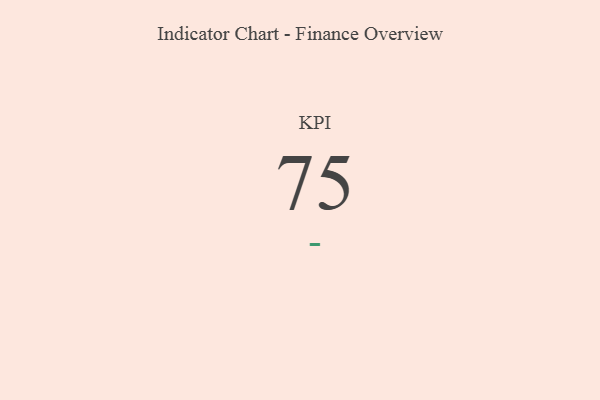
{"axis": {"x": "KPI", "y": "Value"}, "legend": [""], "data": [{"x": "KPI", "y": 75, "type": ""}]}